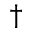
^ \dagger